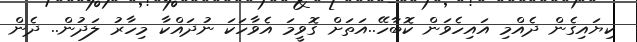
ކިޔައިގެން ދެއްމި އައިހެވަން ކޮބާހޭ..އަތަށް ގޮވީމަ އެވާހަކަ ނުދައްކާ މިހާރު ލަދުން.. ދެން